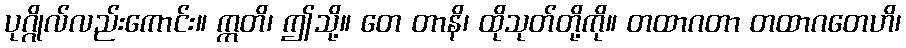
ပုဂ္ဂိုလ်လည်းကောင်း။ ဣတိ၊ ဤသို့။ တေ တာနိ၊ ထိုသုတ်တို့ကို။ တထာဂတာ တထာဂတေဟိ၊